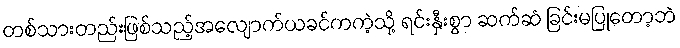
တစ်သားတည်းဖြစ်သည့်အလျောက်ယခင်ကကဲ့သို့ ရင်းနှီးစွာ ဆက်ဆံ ခြင်းမပြုတော့ဘဲ